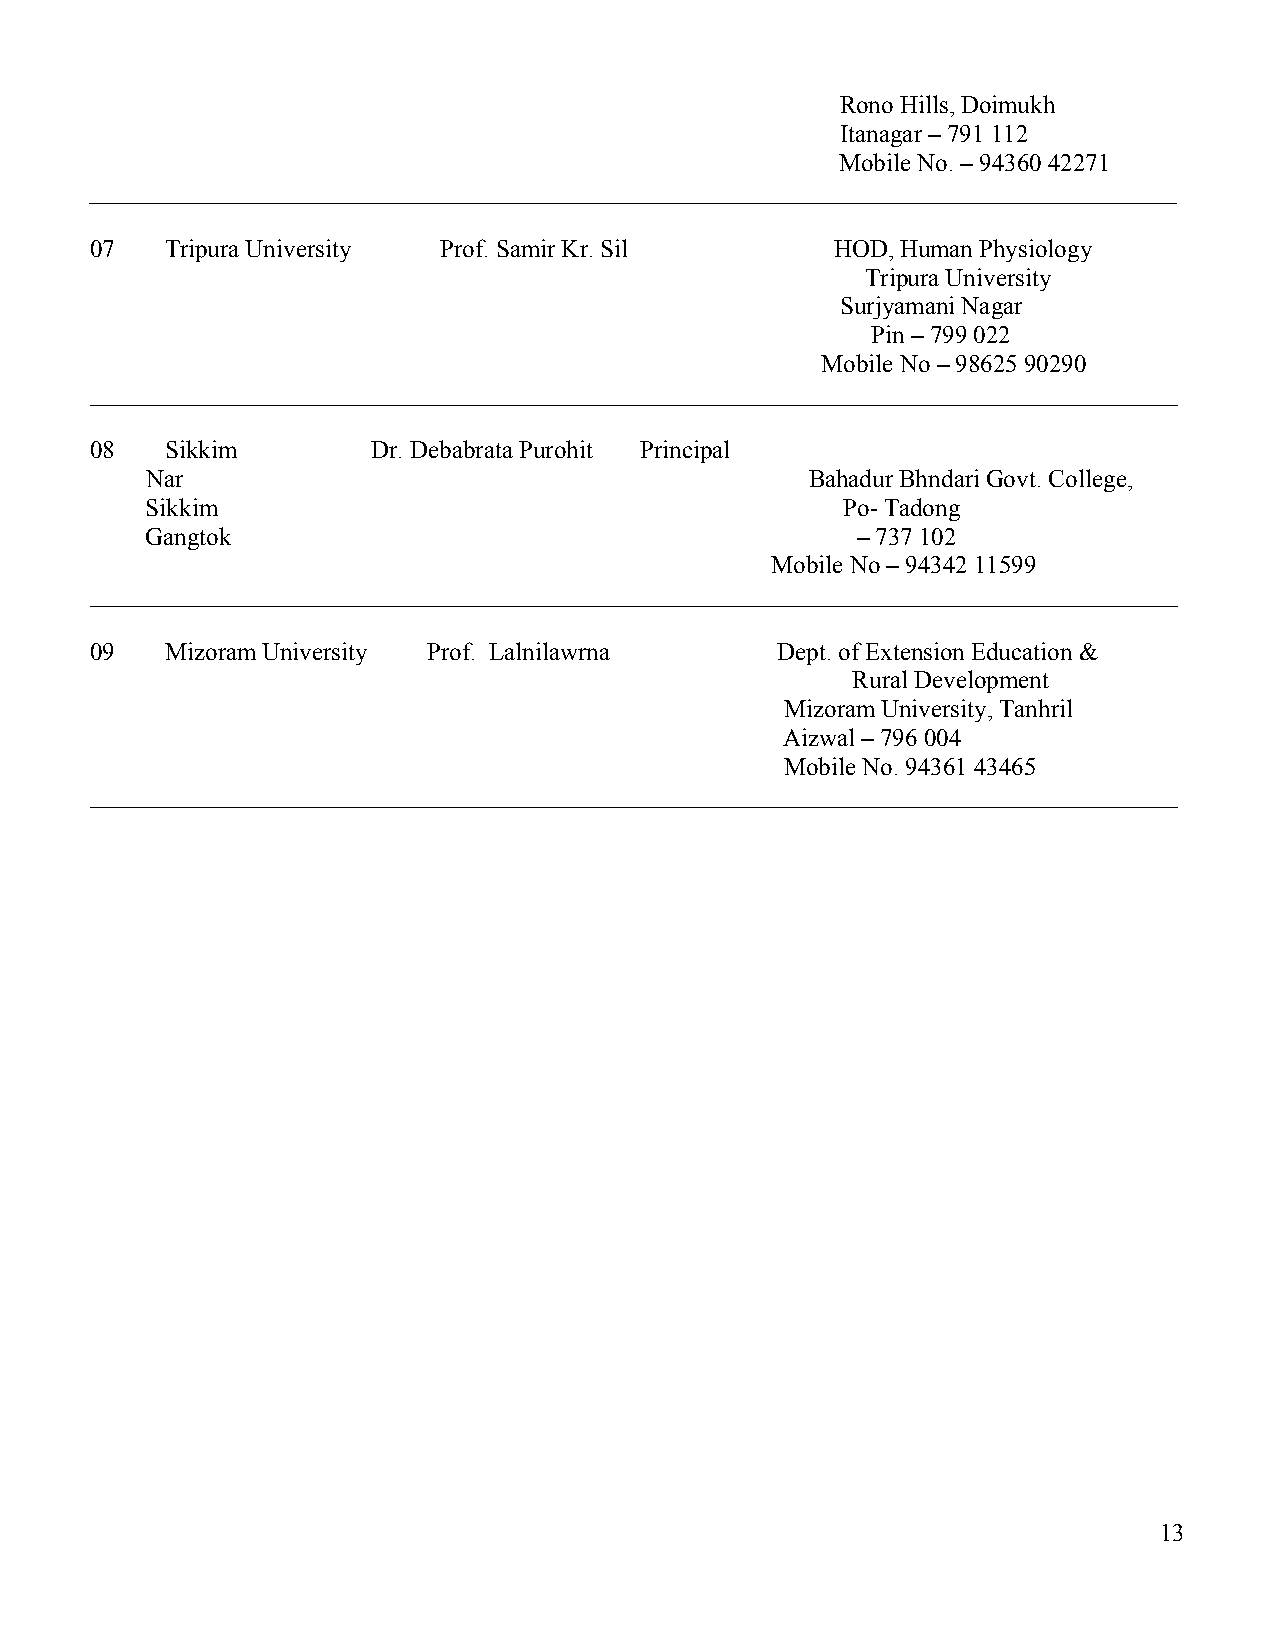
Rono Hills, Doimukh
 Itanagar – 791 112
 Mobile No. – 94360 42271
 _______________________________________________________________________________________
 07   Tripura University Prof. Samir Kr. Sil      HOD, Human Physiology
 Tripura University
 Surjyamani Nagar
 Pin – 799 022
 Mobile No – 98625 90290
 _______________________________________________________________________________________
 08   Sikkim        Dr. Debabrata Purohit Principal
 Nar                                         Bahadur Bhndari Govt. College,
 Sikkim                                        Po- Tadong
 Gangtok                                        – 737 102
 Mobile No – 94342 11599
 _______________________________________________________________________________________
 09   Mizoram University Prof. Lalnilawrna    Dept. of Extension Education &
 Rural Development
 Mizoram University, Tanhril
 Aizwal – 796 004
 Mobile No. 94361 43465
 _______________________________________________________________________________________
 13